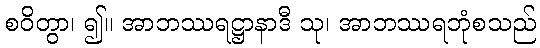
စဝိတွာ၊ ၍။ အာဘဿရဋ္ဌာနာဒီ သု၊ အာဘဿရဘုံစသည်